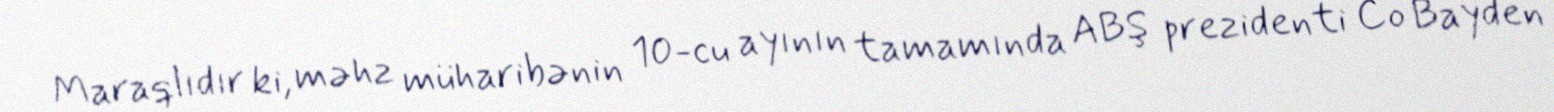
Maraqlıdır ki, məhz müharibənin 10-cu ayının tamamında ABŞ prezidenti Co Bayden